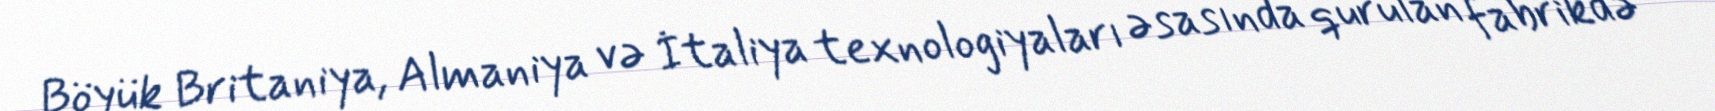
Böyük Britaniya, Almaniya və İtaliya texnologiyaları əsasında qurulan fabrikdə